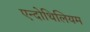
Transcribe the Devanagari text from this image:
एन्दोथिलियम